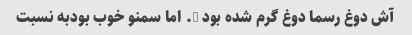
آش دوغ رسما دوغ گرم شده بود …. اما سمنو خوب بودبه نسبت